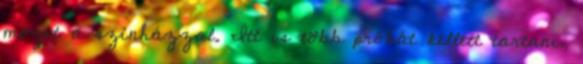
mozit a színházzal. Itt is több próbát kellett tartani,